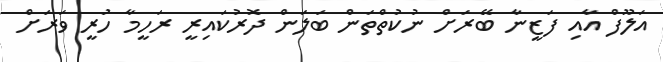
އަލޫފް އާއި ފަޒީނާ ބޭރަށް ނުކުތްތަން ބަލަން ދޮރުކައިރީ ރަހީމާ ހުރީ ވަރަށް